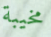
مخيبة